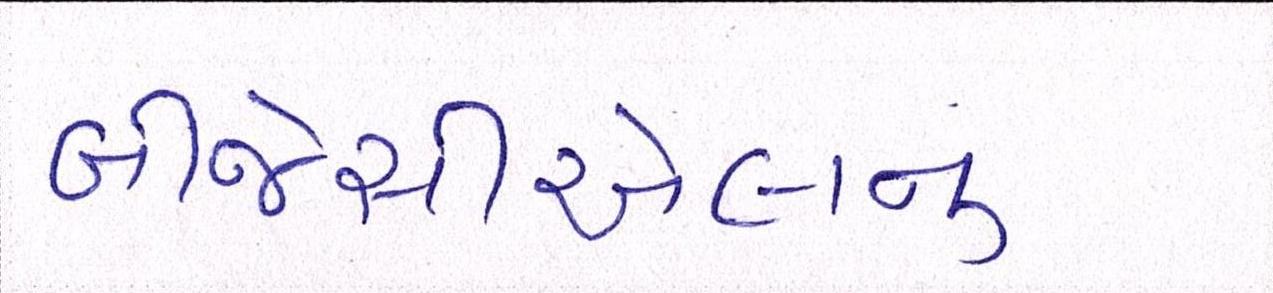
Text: બીજેસીએલનું